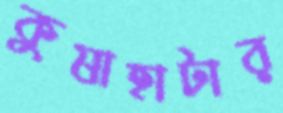
কুষাহাটার